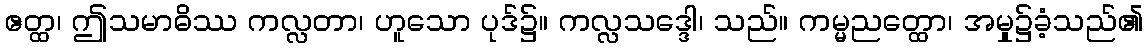
ဧတ္ထ၊ ဤသမာဓိဿ ကလ္လတာ၊ ဟူသော ပုဒ်၌။ ကလ္လသဒ္ဒေါ၊ သည်။ ကမ္မညတ္ထော၊ အမှု၌ခံ့သည်၏